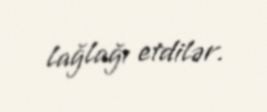
lağlağı etdilər.